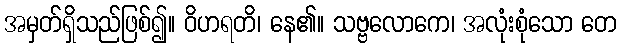
အမှတ်ရှိသည်ဖြစ်၍။ ဝိဟရတိ၊ နေ၏။ သဗ္ဗလောကေ၊ အလုံးစုံသော တေ